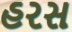
હરસ